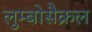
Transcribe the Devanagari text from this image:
लुम्बोसैक्रल